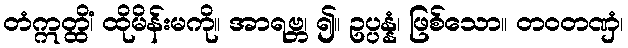
တံဣတ္ထိံ၊ ထိုမိန်းမကို။ အာရဗ္ဘ၊ ၍။ ဥပ္ပန္နံ၊ ဖြစ်သော။ တဝတဏှံ၊